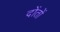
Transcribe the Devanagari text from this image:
दोंतों